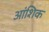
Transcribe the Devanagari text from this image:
अांशिक